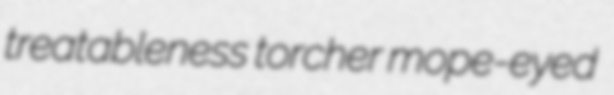
treatableness torcher mope-eyed